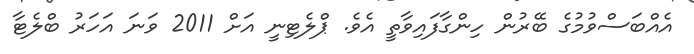
އެއްބަސްވުމުގެ ބޭރުން ހިންގާފައިވާތީ އެވެ. ޕްލެޓިނީ އަށް 2011 ވަނަ އަހަރު ބްލެޓާ